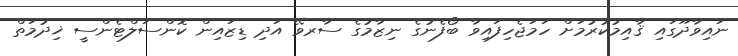
ނައިވާދޫގައި ޤާއިމުކުރުމަށް ހަމަޖެހިފައިވާ ބޯފެނުގެ ނިޒާމުގެ ސާރވޭ އަދި ޑިޒައިން ކޮންސަލްޓެންސީ ޚިދުމަތް